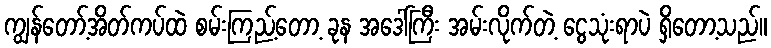
ကျွန်တော့်အိတ်ကပ်ထဲ စမ်းကြည့်တော့ ခုန အဒေါ်ကြီး အမ်းလိုက်တဲ့ ငွေသုံးရာပဲ ရှိတော့သည်။